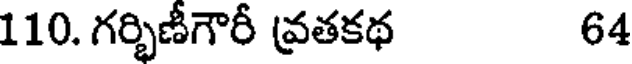
110. గర్భిణీగౌరీ వ్రతకథ 64